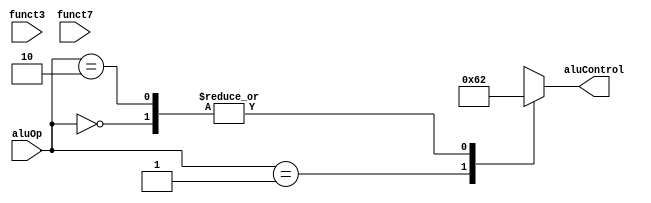
module ALUControl (

  input wire [1:0] aluOp,
  input wire [2:0] funct3,
  input wire [6:0] funct7, // only 1 bit matters for add - sub instruction

  output reg [3:0] aluControl
);

localparam [3:0] ADD = 4'b0000, SUB = 4'b1000, AND = 4'b0111, OR = 4'b0110;
localparam [1:0] I_type = 2'b00, B_type = 2'b01, R_type = 2'b10;

assign funct = {funct7[5], funct3};

always @(*)
  begin 
    case(aluOp)
      I_type:
        aluControl = 4'b0010;

      B_type:
        aluControl = 4'b0110;

      R_type: 
        begin
          case(funct)
            AND: 
              aluControl = 4'b0000;

            OR:
              aluControl = 4'b0001;

            ADD: 
              aluControl = 4'b0010;

            SUB: 
              aluControl = 4'b0110;

            default: 
              aluControl = 4'b0010;
          endcase
        end 

      default: 
        aluControl = 4'bx;

    endcase
  end
endmodule